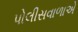
પોલીસવાળાએ